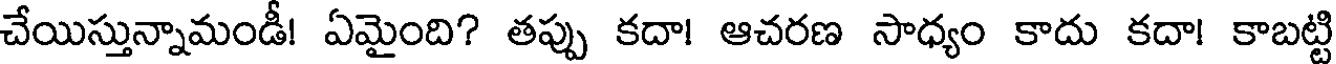
చేయిస్తున్నామండీ! ఏమైంది? తప్పు కదా! ఆచరణ సాధ్యం కాదు కదా! కాబట్టి